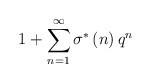
LaTeX: \begin{align*}1+\sum^{\infty}_{n=1}\sigma^{*}\left(n\right)q^n\end{align*}